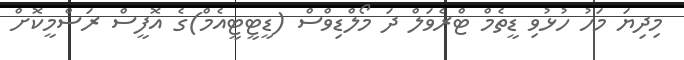
މިދިޔަ މަހު ހުޅުވި ޑީތެމް ޓްރެވަލް ދަ މޯލްޑިވްސް (ޑީޓީޓީއެމް)ގެ އޮފީސް ރަސްމީކޮށް